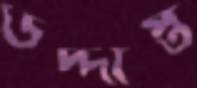
উদ্দীপ্ত